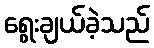
ရွေးချယ်ခဲ့သည်